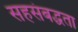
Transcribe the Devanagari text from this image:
सहसंबद्धता